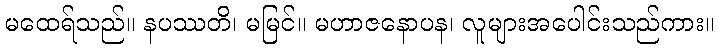
မထေရ်သည်။ နပဿတိ၊ မမြင်။ မဟာဇနောပန၊ လူများအပေါင်းသည်ကား။